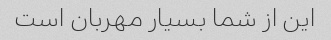
این از شما بسیار مهربان است